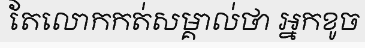
តែលោកកត់សម្គាល់ថា អ្នកខូច